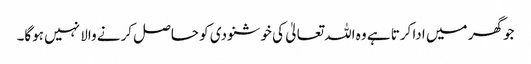
جو گھر میں ادا کرتا ہے وہ اللہ تعالیٰ کی خوشنودی کو حاصل کرنے والا نہیں ہوگا۔